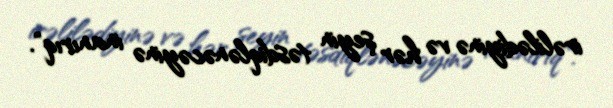
irəlilədiyinə və hər şeyin təsdiqlənəcəyinə inanırıq".